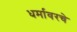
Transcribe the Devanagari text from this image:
धर्मावरचे